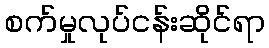
စက်မှုလုပ်ငန်းဆိုင်ရာ